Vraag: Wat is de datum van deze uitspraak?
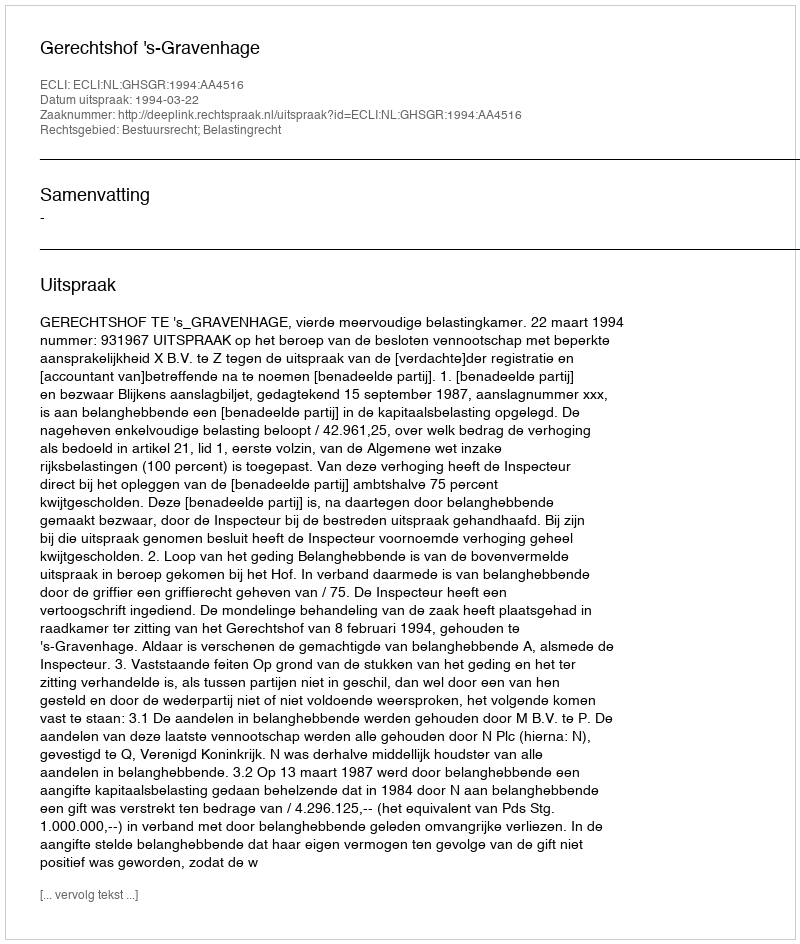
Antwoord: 1994-03-22